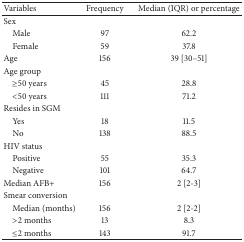
<table><thead><tr><td><b>Variables </b></td><td><b>Frequency</b></td><td><b>Median (IQR) or percentage</b></td></tr></thead><tbody><tr><td>Sex</td><td> </td><td> </td></tr><tr><td> Male</td><td>97</td><td>62.2</td></tr><tr><td> Female</td><td>59</td><td>37.8</td></tr><tr><td>Age</td><td>156</td><td>39 [30–51]</td></tr><tr><td>Age group</td><td> </td><td> </td></tr><tr><td> ≥50 years</td><td>45</td><td>28.8</td></tr><tr><td> &lt;50 years</td><td>111</td><td>71.2</td></tr><tr><td>Resides in SGM</td><td> </td><td> </td></tr><tr><td> Yes</td><td>18</td><td>11.5</td></tr><tr><td> No</td><td>138</td><td>88.5</td></tr><tr><td>HIV status</td><td> </td><td> </td></tr><tr><td> Positive</td><td>55</td><td>35.3</td></tr><tr><td> Negative</td><td>101</td><td>64.7</td></tr><tr><td>Median AFB+</td><td>156</td><td>2 [2-3]</td></tr><tr><td>Smear conversion</td><td> </td><td> </td></tr><tr><td> Median (months)</td><td>156</td><td>2 [2-2]</td></tr><tr><td> &gt;2 months</td><td>13</td><td>8.3</td></tr><tr><td> ≤2 months</td><td>143</td><td>91.7</td></tr></tbody></table>